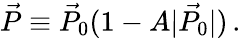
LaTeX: {\vec{P}}\equiv{\vec{P}_{0}}(1-A|\vec{P_{0}}|)\, .